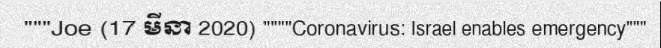
"""Joe (17 មីនា 2020) """"Coronavirus: Israel enables emergency"""